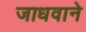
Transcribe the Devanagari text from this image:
जाधवाने